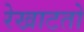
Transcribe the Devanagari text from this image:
रेखाटतो